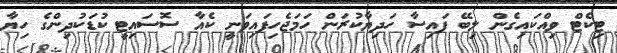
ޓިކެޓް ވިއްކައިގެން ލިބޭ ފައިސާ ހަދިޔާކުރަން ހަމަޖެހިފައިވަނީ ކެއާ ސޮސައިޓީ ކުޑަކުދިންގެ ހިޔާ